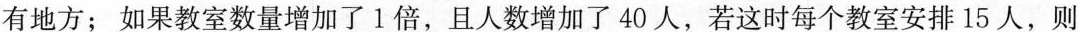
有地方；如果教室数量增加了1倍，且人数增加了40人，若这时每个教室安排15人，则